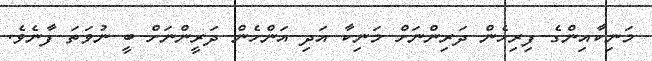
މަނިކާއިންގެ ފިރިހެން ދަރިންނަށް މަނިކާ އަދި އަންހެން ދަރީންނަށް ބީ ނުވަތަ ފާނެވެ.